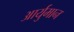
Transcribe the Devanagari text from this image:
आर्युमान